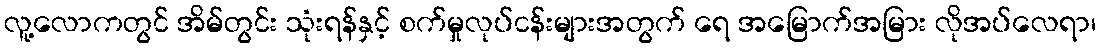
လူ့လောကတွင် အိမ်တွင်း သုံးရန်နှင့် စက်မှုလုပ်ငန်းများအတွက် ရေ အမြောက်အမြား လိုအပ်လေရာ၊